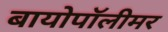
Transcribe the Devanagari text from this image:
बायोपॉलीमर